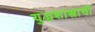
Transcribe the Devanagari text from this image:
युद्धशास्त्राची